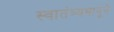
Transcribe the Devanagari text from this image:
स्वातंत्र्यभानूने